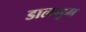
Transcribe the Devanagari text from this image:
डालभूम